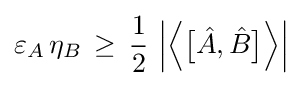
\varepsilon _{A}\,\eta _{B}\,\geq \,{\frac {1}{2}}\,\left|{\Bigl \langle }{\bigl [}{\hat {A}},{\hat {B}}{\bigr ]}{\Bigr \rangle }\right|